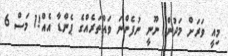
މިއީ ވަރަށް މަދުން ނޫނީ ނުފެންނަ ވައްތަރެއްގެ ޕެންޑާ އެއް!1 މަސް 6